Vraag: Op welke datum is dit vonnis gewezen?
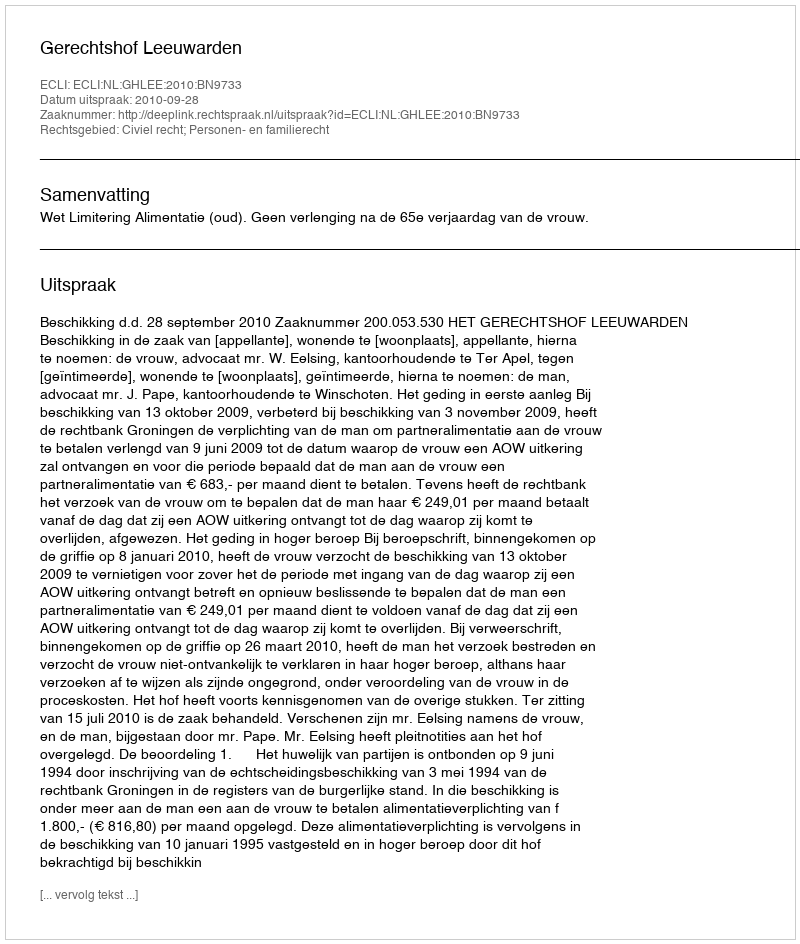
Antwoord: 2010-09-28